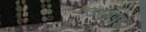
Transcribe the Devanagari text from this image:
उरगपुर